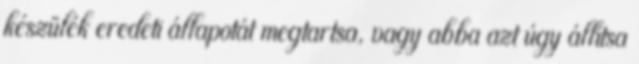
készülék eredeti állapotát megtartsa, vagy abba azt úgy állítsa